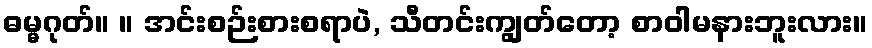
ဓမ္မဂုတ်။ ။ အင်းစဉ်းစားစရာပဲ, သီတင်းကျွတ်တော့ စာဝါမနားဘူးလား။